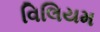
વિલિયમ